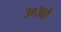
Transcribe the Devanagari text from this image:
३०३वाँ